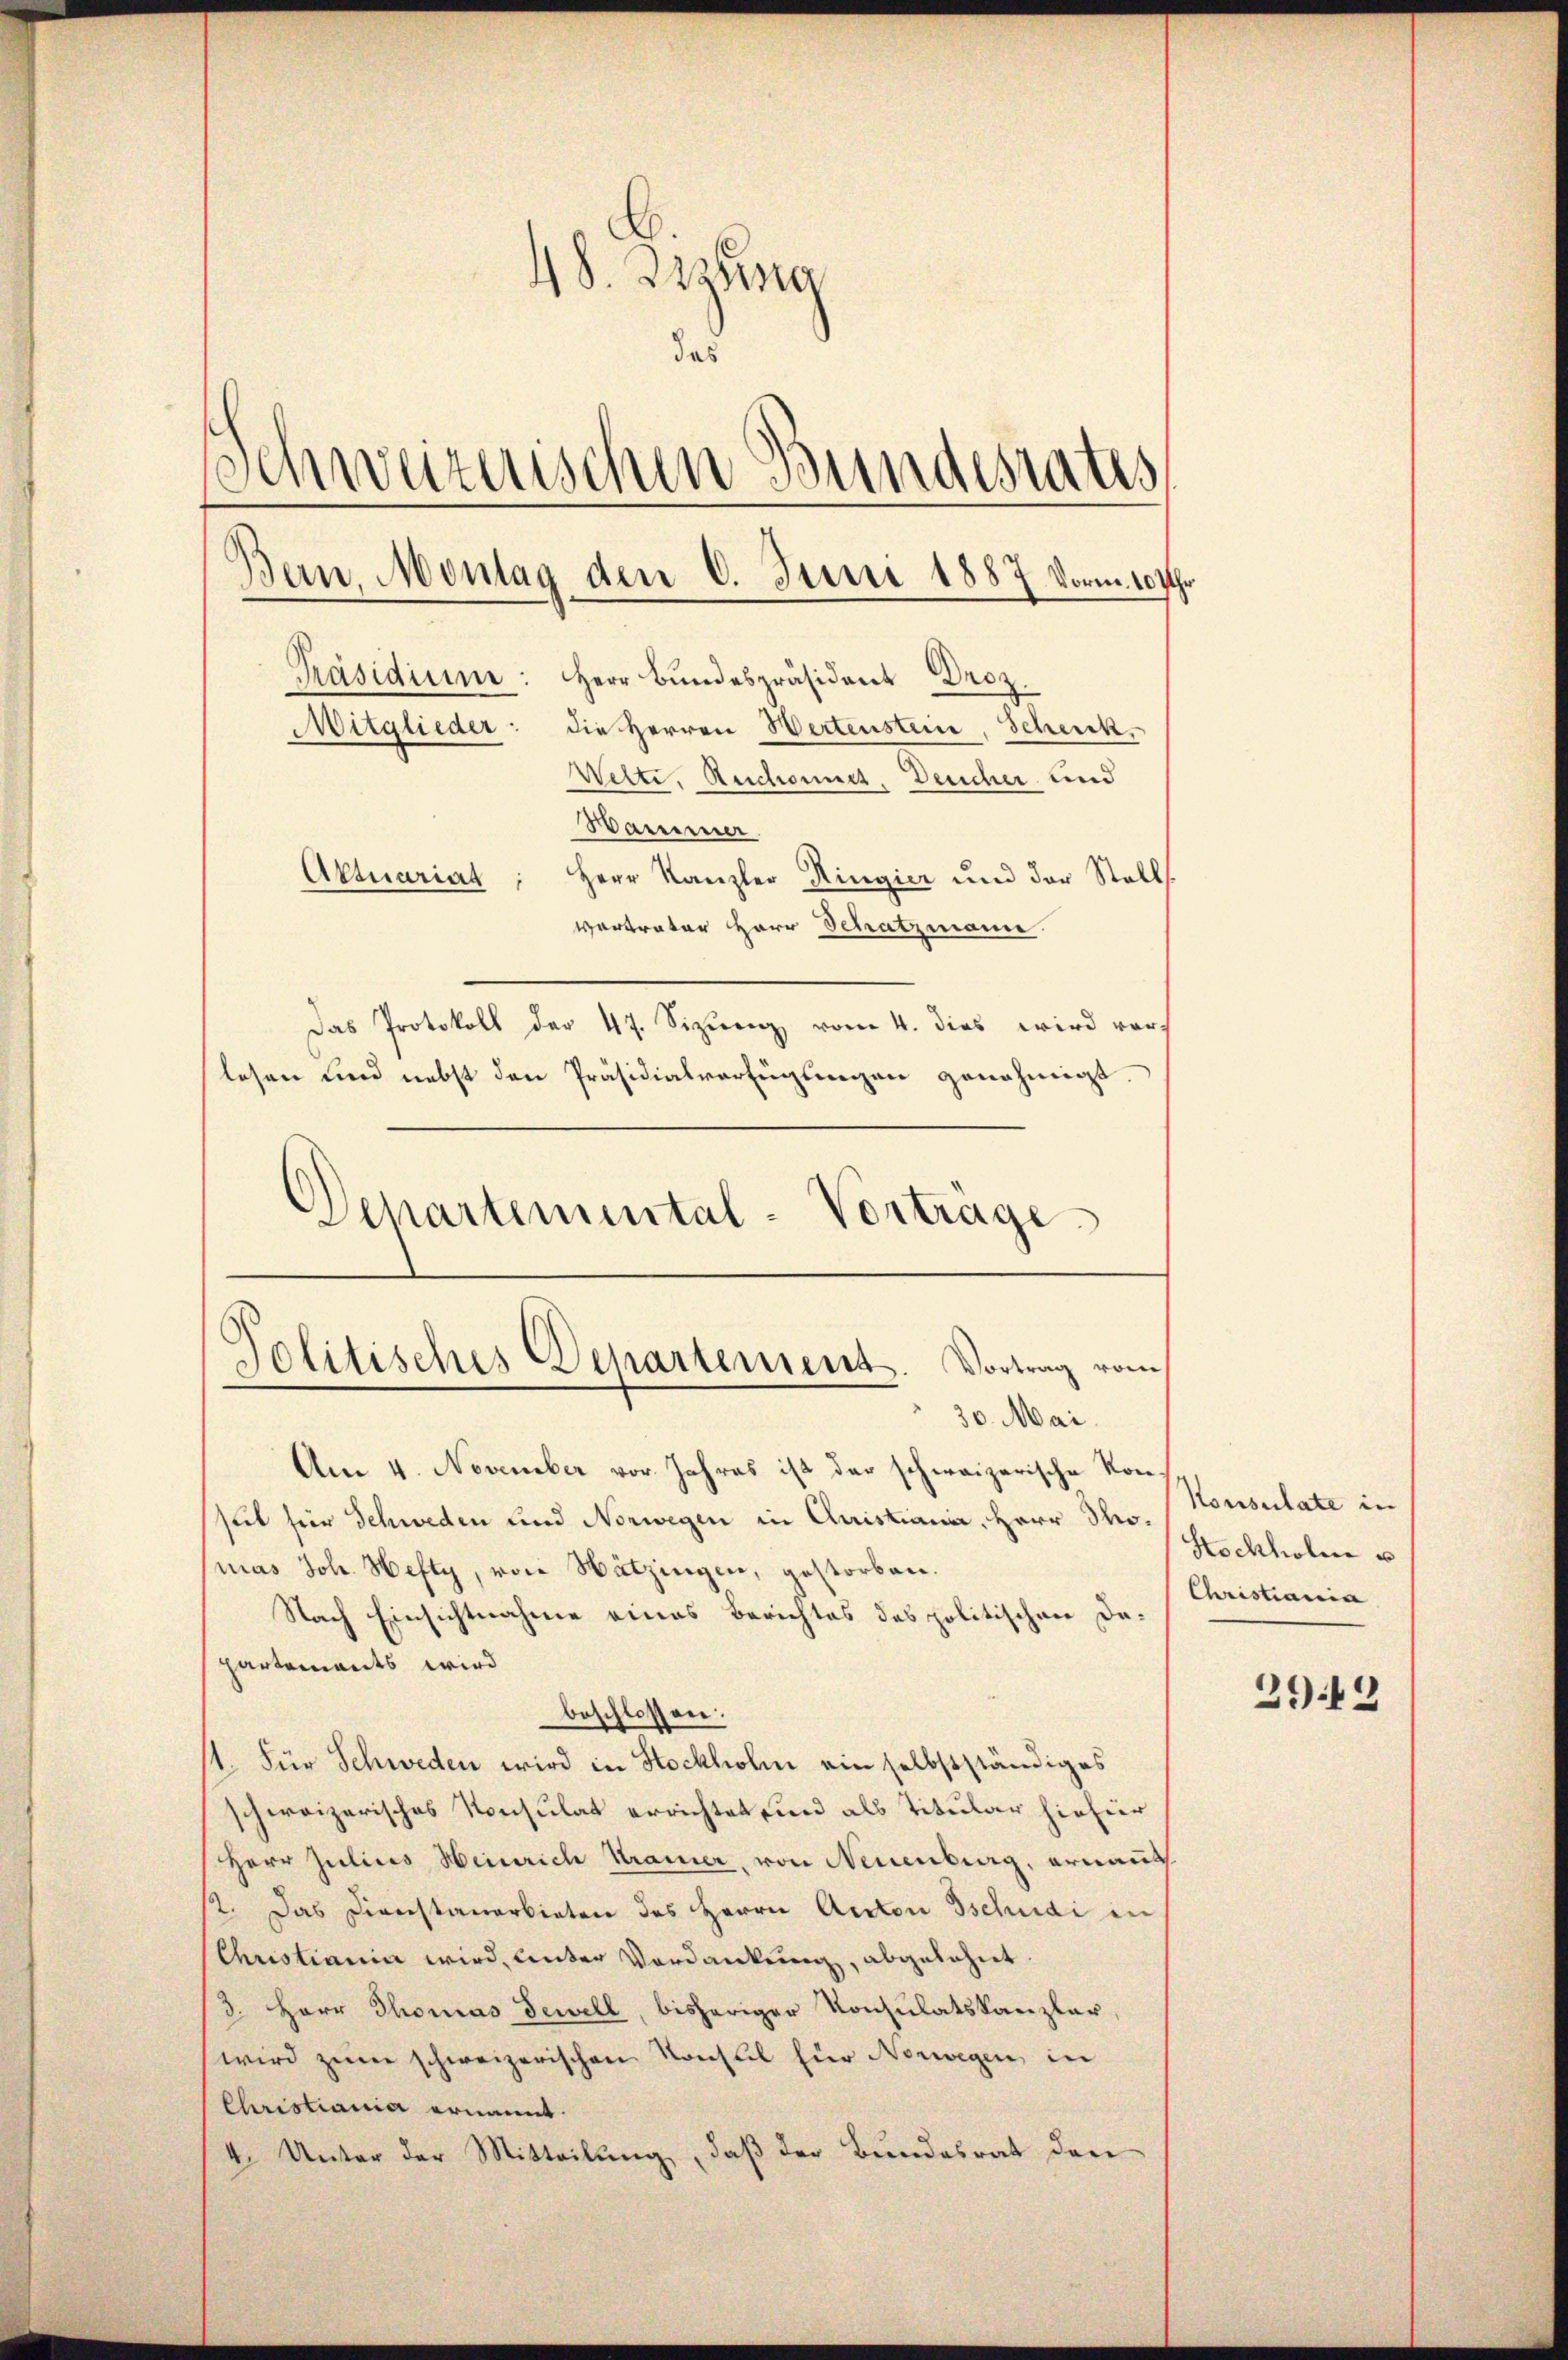
48. Diene
das
Schweizerischen Bundesrates
Bern, Montag den 6. Juni 1887 Vorm. 10 Uhr
Präsidium: Herr Bundespräsident Droz
die Herren Wertenstein, Scheick.
Mitglieder
Wette, Reichonnes, Deucher und
Bammer
Aktuariat Herr Kanzler Ringier und der Stalls.
vertrater Herr Schatzmann.
Das Protokoll der 47. Sitzung vom 4. dies wird vorlesen und nebst den Präsidialverfügungen genehmigt
Departemental-Vortrage

Politisches Departement. Vortrag vom
30. Mai.

Am 4. November vor Jahres ist der schweizerische Konsit hier Schweden und Norwegen in Quistiania, Herr Tho¬
(mas Joh. Hefty, von Nätzingen, gestorben.
Nach Einsichtnahme eines Berichtes des politischen Departements wird
beschlossen:
11. Für Schweden wird in Stockholm ein selbstständiges
schweizerisches Konsulat errichtet sind als Titular hinhier
Herr Julius Heinrich Kramer, von Neuenburg, ernannt.
st. Das Diverstanerbieten des Herrn Anton Tschudi in
Christiania wird, unter Verdankung, abgelehnet.
3. Herr Thomas Tewell, bisheriger Konsulatskanzler,
wird zum schweizerischen Konseil für Norwegen, in
Christiania ernannt.
4. Unter der Mitteilung, daß der Bundesrat den

Konsulate in
Sochholen u
Christiania
2942